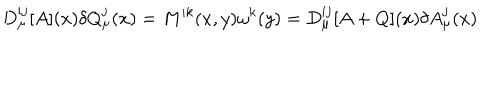
D _ { \mu } ^ { i j } [ A ] ( x ) \delta Q _ { \mu } ^ { j } ( x ) = M ^ { i k } ( x , y ) \omega ^ { k } ( y ) = D _ { \mu } ^ { i j } [ A + Q ] ( x ) \delta A _ { \mu } ^ { j } ( x )